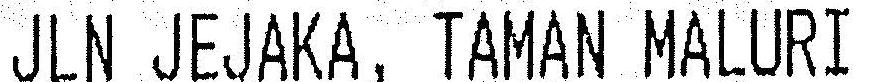
JLN JEJAKA, TAMAN MALURI